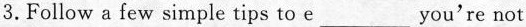
3.Follow a few simple tips to e___ you're not